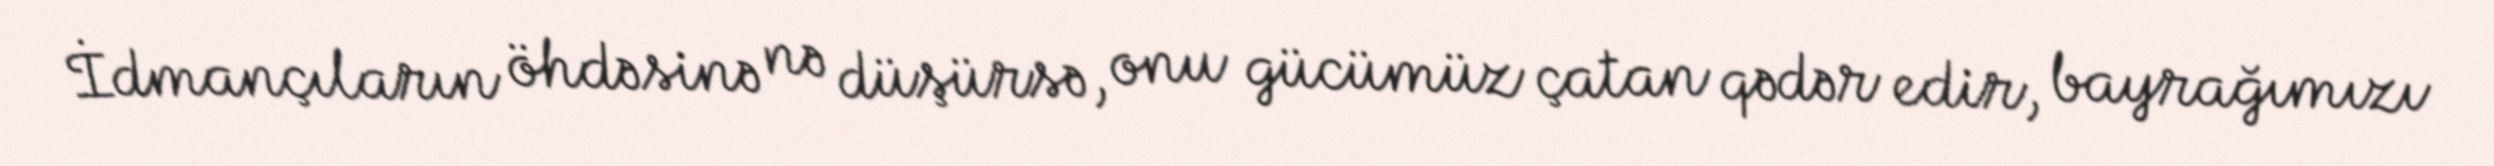
İdmançıların öhdəsinə nə düşürsə, onu gücümüz çatan qədər edir, bayrağımızı